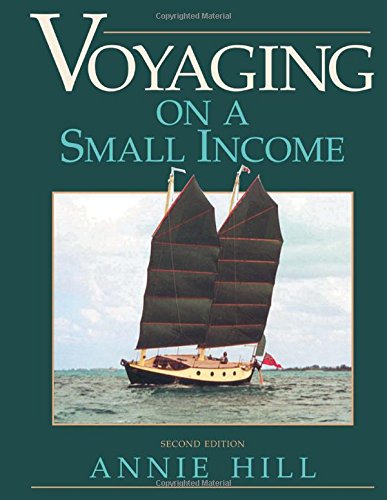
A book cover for Voyaging On A Small Income, 2nd Edition; Annie Hill; Sports & Outdoors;